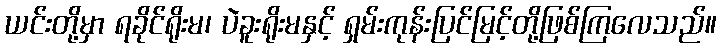
ယင်းတို့မှာ ရခိုင်ရိုးမ၊ ပဲခူးရိုးမနှင့် ရှမ်းကုန်းပြင်မြင့်တို့ဖြစ်ကြလေသည်။